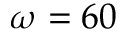
\omega = 6 0